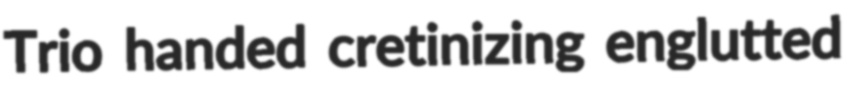
Trio handed cretinizing englutted